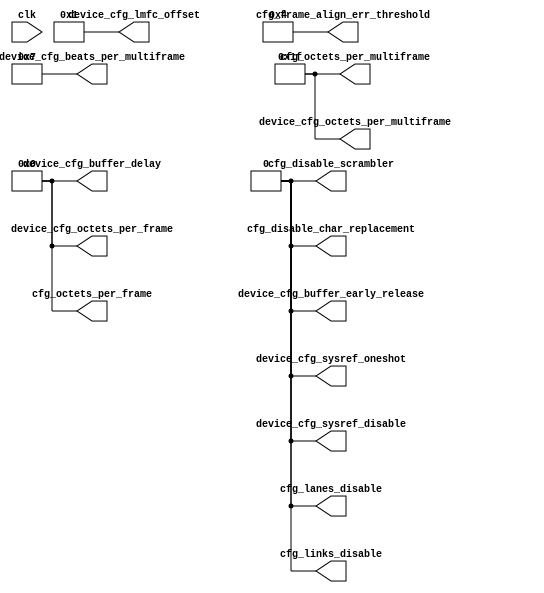
// ***************************************************************************
// ***************************************************************************
// Copyright (C) 2017, 2018, 2020-2022 Analog Devices, Inc. All rights reserved.
// SPDX short identifier: ADIJESD204
// ***************************************************************************
// ***************************************************************************

`timescale 1ns/100ps

module jesd204_rx_static_config #(
  parameter NUM_LANES = 1,
  parameter NUM_LINKS = 1,
  parameter OCTETS_PER_FRAME = 1,
  parameter FRAMES_PER_MULTIFRAME = 32,
  parameter SCR = 1,
  parameter BUFFER_EARLY_RELEASE = 0,
  parameter LINK_MODE = 1, // 2 - 64B/66B;  1 - 8B/10B
  parameter SYSREF_DISABLE = 0,
  parameter SYSREF_ONE_SHOT = 0,
  /* Only 4, 8 are supported at the moment for 8b/10b and 8 for 64b */
  parameter DATA_PATH_WIDTH = LINK_MODE == 2 ? 8 : 4,
  parameter TPL_DATA_PATH_WIDTH = LINK_MODE == 2 ? 8 : 4
) (
  input clk,

  output [NUM_LANES-1:0] cfg_lanes_disable,
  output [NUM_LINKS-1:0] cfg_links_disable,
  output [9:0] cfg_octets_per_multiframe,
  output [7:0] cfg_octets_per_frame,
  output cfg_disable_scrambler,
  output cfg_disable_char_replacement,
  output [7:0] cfg_frame_align_err_threshold,

  output [9:0] device_cfg_octets_per_multiframe,
  output [7:0] device_cfg_octets_per_frame,
  output [7:0] device_cfg_beats_per_multiframe,
  output [7:0] device_cfg_lmfc_offset,
  output device_cfg_sysref_oneshot,
  output device_cfg_sysref_disable,
  output device_cfg_buffer_early_release,
  output [7:0] device_cfg_buffer_delay
);

  assign cfg_octets_per_multiframe = (FRAMES_PER_MULTIFRAME * OCTETS_PER_FRAME) - 1;
  assign cfg_octets_per_frame = OCTETS_PER_FRAME - 1;
  assign device_cfg_octets_per_multiframe = (FRAMES_PER_MULTIFRAME * OCTETS_PER_FRAME) - 1;
  assign device_cfg_octets_per_frame = OCTETS_PER_FRAME - 1;
  assign device_cfg_beats_per_multiframe = ((FRAMES_PER_MULTIFRAME * OCTETS_PER_FRAME) /
                                            TPL_DATA_PATH_WIDTH) - 1;
  assign device_cfg_lmfc_offset = 1;
  assign device_cfg_sysref_oneshot = SYSREF_ONE_SHOT;
  assign device_cfg_sysref_disable = SYSREF_DISABLE;
  assign device_cfg_buffer_delay = 'h0;
  assign device_cfg_buffer_early_release = BUFFER_EARLY_RELEASE;
  assign cfg_lanes_disable = {NUM_LANES{1'b0}};
  assign cfg_links_disable = {NUM_LINKS{1'b0}};
  assign cfg_disable_scrambler = SCR ? 1'b0 : 1'b1;
  assign cfg_disable_char_replacement = 1'b0;
  assign cfg_frame_align_err_threshold = 8'd4;

endmodule